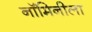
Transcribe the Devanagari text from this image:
नॉमिनीला